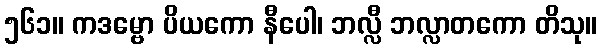
၅၆၁။ ကဒမ္ဗော ပိယကော နီပေါ၊ ဘလ္လီ ဘလ္လာတကော တိသု။